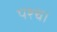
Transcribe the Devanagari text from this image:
पश्च।